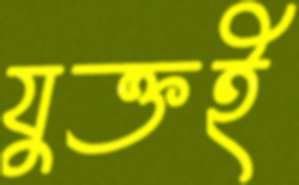
যুক্তই